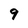
Character: 9